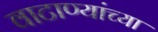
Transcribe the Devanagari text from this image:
वाटाण्यांच्या